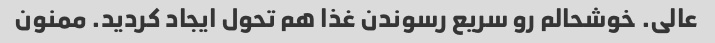
عالی. خوشحالم رو سریع رسوندن غذا هم تحول ایجاد کردید. ممنون